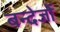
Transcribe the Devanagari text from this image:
बन्देजों